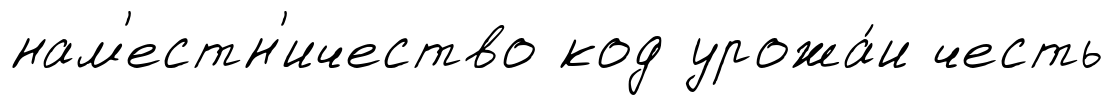
нам'естн'ичество код урожа́и честь